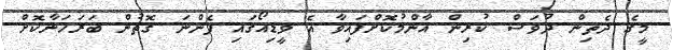
މީގެ ދެތިން ދުވަސް ކުރިން އާންމުކޮށްފައިވާ އެ ވީޑިއޯގައި ފެންނަ ގޮތުން ބަރަހަނާކޮށް